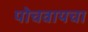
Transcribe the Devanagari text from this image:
पोचवायचा